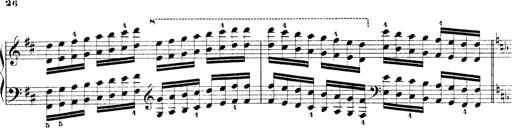
Title: Technische Studien
Composer: Franz Liszt